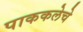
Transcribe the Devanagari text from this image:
पाककलेचे